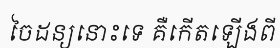
ចៃដន្យនោះទេ គឺកើតឡើងពី